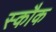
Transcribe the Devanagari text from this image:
स्कौक